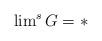
LaTeX: \begin{align*}{\lim}^s \, G =*\end{align*}